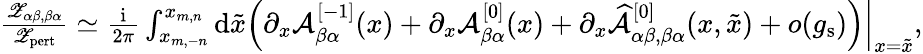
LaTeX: \begin{array}{r}{\frac{{\mathscr Z}_{\alpha\beta,\beta\alpha}}{{\mathscr Z}_{\mathrm{pert}}}\simeq\frac{{\mathrm{i}}}{2\pi}\int_{x_{m,-n}}^{x_{m,n}}\mathrm{d}\tilde{x}\left.\left(\partial_{x}{\mathcal A}_{\beta\alpha}^{[-1]}(x)+\partial_{x}{\mathcal A}_{\beta\alpha}^{[0]}(x)+\partial_{x}\widehat{{\mathcal A}}_{\alpha\beta,\beta\alpha}^{[0]}(x,\tilde{x})+o(g_{\mathrm{s}})\right)\right|_{x=\tilde{x}},}\end{array}